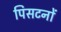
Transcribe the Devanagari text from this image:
पिसटनों